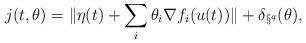
LaTeX: \begin{align*} j(t, \theta) = \| \eta(t) + \sum_i \theta_i \nabla f_{i}(u(t)) \| + \delta_{\S^q} (\theta), \end{align*}